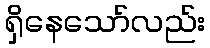
ရှိနေသော်လည်း